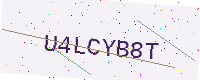
Text: U4LCYB8T